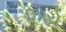
ઝારો